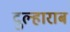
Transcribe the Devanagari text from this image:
दुल्हाराब